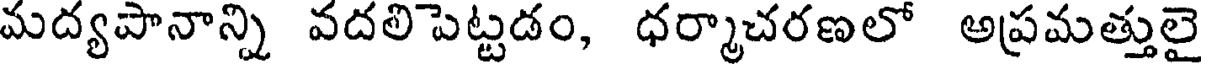
మద్యపానాన్ని వదలిపెట్టడం, ధర్మాచరణలో అప్రమత్తులై